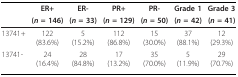
<table><thead><tr><td></td><td><b>ER+</b></td><td><b>ER-</b></td><td><b>PR+</b></td><td><b>PR-</b></td><td><b>Grade 1</b></td><td><b>Grade 3</b></td></tr><tr><td></td><td><b>(<i>n </i>= 146)</b></td><td><b>(<i>n </i>= 33)</b></td><td><b>(<i>n </i>= 129)</b></td><td><b>(<i>n </i>= 50)</b></td><td><b>(<i>n </i>= 42)</b></td><td><b>(<i>n </i>= 41)</b></td></tr></thead><tbody><tr><td>13741+</td><td>122(83.6%)</td><td>5(15.2%)</td><td>112(86.8%)</td><td>15(30.0%)</td><td>37(88.1%)</td><td>12(29.3%)</td></tr><tr><td>13741-</td><td>24(16.4%)</td><td>28(84.8%)</td><td>17(13.2%)</td><td>35(70.0%)</td><td>5(11.9%)</td><td>29(70.7%)</td></tr></tbody></table>